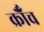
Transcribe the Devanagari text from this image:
क्रौँच